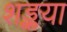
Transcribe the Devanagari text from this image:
शङ्कया